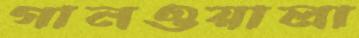
গানওয়ালা